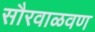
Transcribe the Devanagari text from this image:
सौरवाळवण